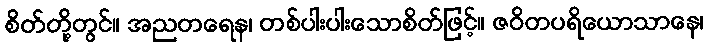
စိတ်တို့တွင်။ အညတရေန၊ တစ်ပါးပါးသောစိတ်ဖြင့်။ ဇဝိတပရိယောသာနေ၊